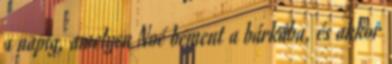
a napig, amelyen Noé bement a bárkába, és akkor